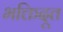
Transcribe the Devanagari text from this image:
भक्तिदूत